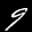
Digit: 9